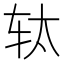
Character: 𮷗